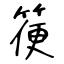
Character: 箯